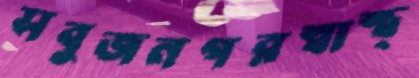
সবুজনগরস্বাস্থ্